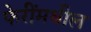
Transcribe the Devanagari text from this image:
फेरींमधील